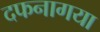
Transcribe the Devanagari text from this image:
दफनागया